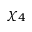
\chi _ { 4 }